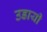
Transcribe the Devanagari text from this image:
उडायी